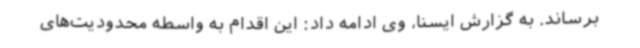
برساند. به گزارش ایسنا، وی ادامه داد: این اقدام به واسطه محدودیت‌های